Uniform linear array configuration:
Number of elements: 48
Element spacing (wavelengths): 1
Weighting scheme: hamming
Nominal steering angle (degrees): -15
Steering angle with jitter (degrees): -16.348
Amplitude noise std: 0.05
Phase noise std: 0.05

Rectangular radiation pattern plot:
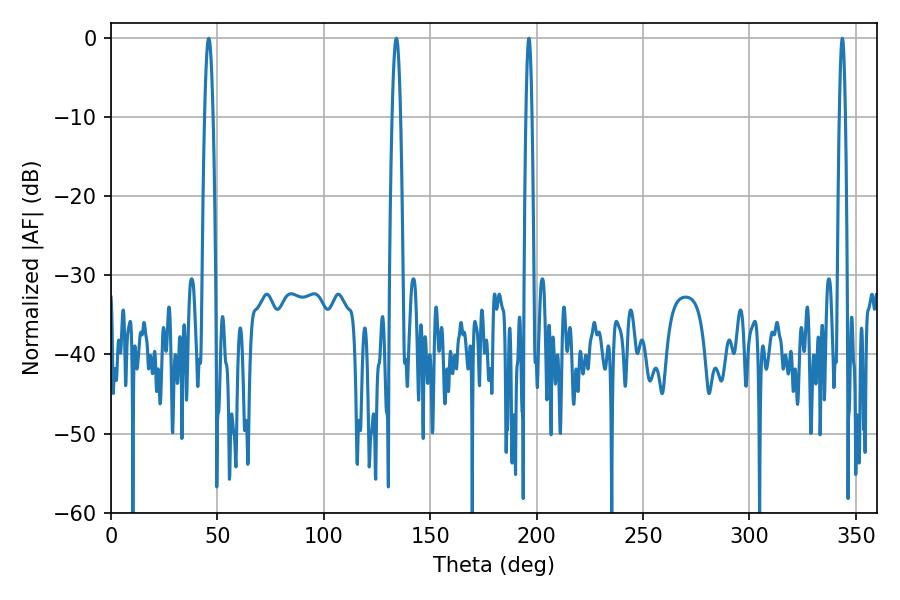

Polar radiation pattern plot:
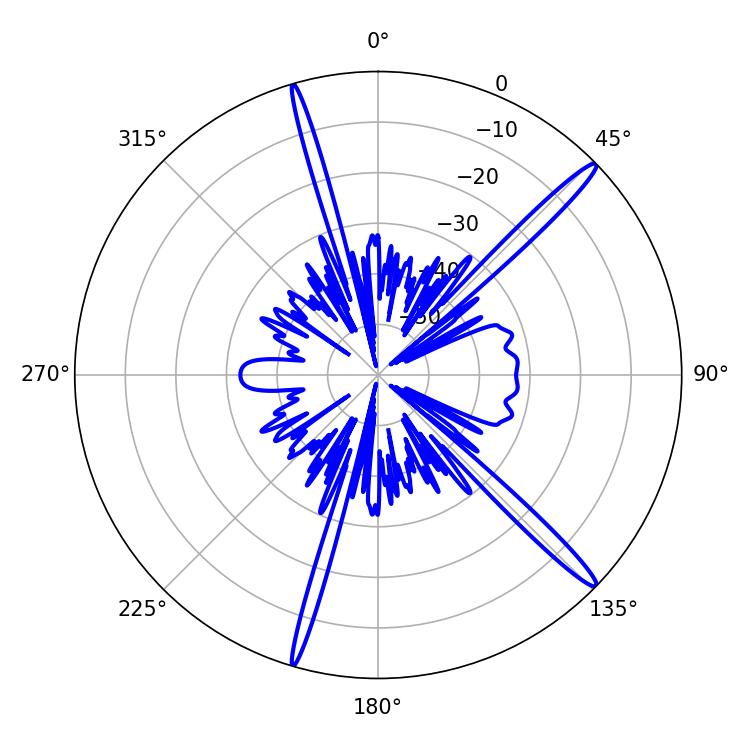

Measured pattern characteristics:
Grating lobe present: TRUE
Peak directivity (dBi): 16.655
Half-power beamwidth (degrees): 2.16
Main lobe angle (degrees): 45.9